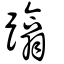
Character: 蹹